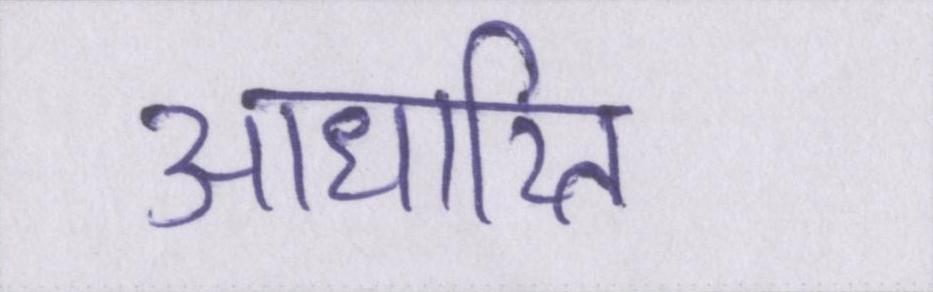
आधारित